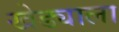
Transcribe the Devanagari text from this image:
खेड्याला